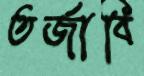
তর্জাবি